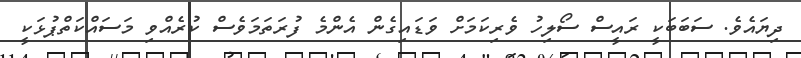
ދިޔައެވެ. ސަބަބަކީ ރައީސް ސޯލިހު ވެރިކަމަށް ވަޑައިގެން އެންމެ ފުރަތަމަވެސް ކުރެއްވި މަސައްކަތްޕުޅަކީ